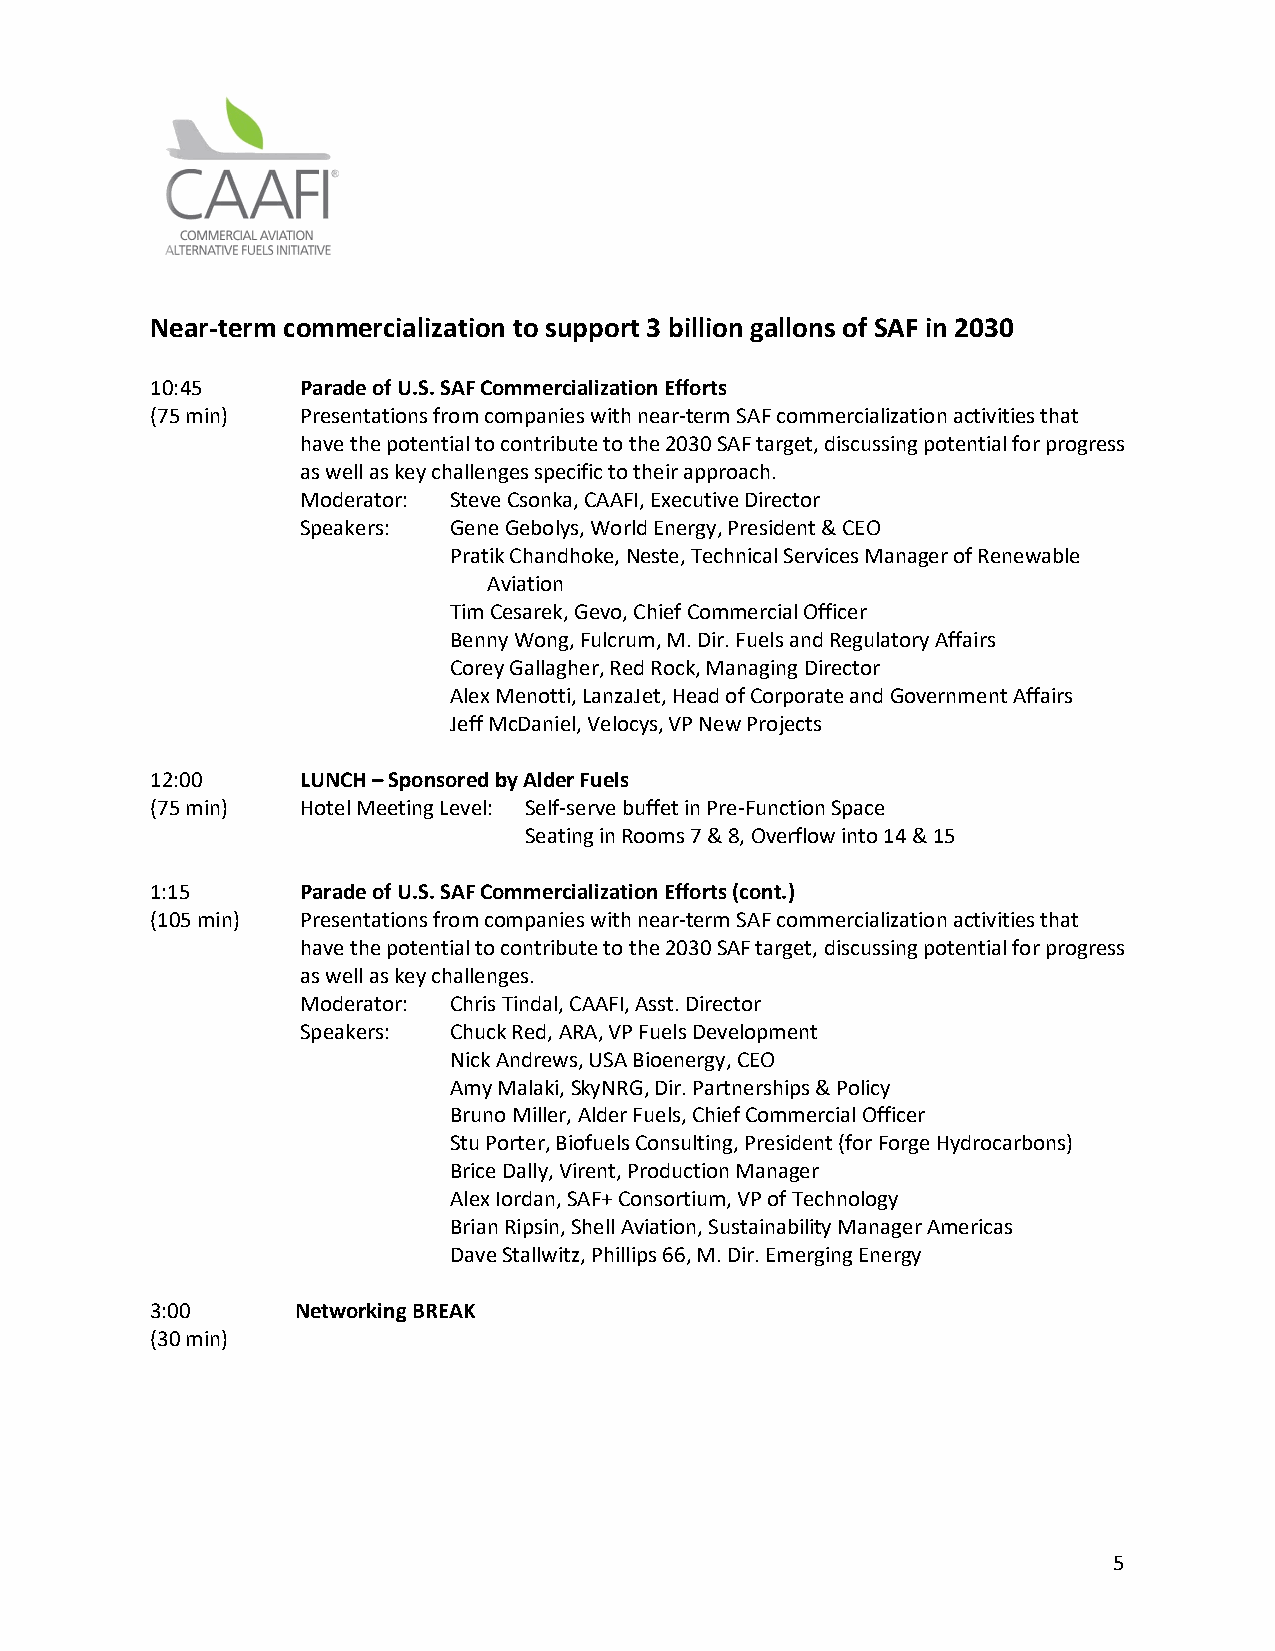
Near-term commercialization to support 3 billion gallons of SAF in 2030
 10:45     Parade of U.S. SAF Commercialization Efforts
 (75 min)  Presentations from companies with near-term SAF commercialization activities that
 have the potential to contribute to the 2030 SAF target, discussing potential for progress
 as well as key challenges specific to their approach.
 Moderator: Steve Csonka, CAAFI, Executive Director
 Speakers: Gene Gebolys, World Energy, President & CEO
 Pratik Chandhoke, Neste, Technical Services Manager of Renewable
 Aviation
 Tim Cesarek, Gevo, Chief Commercial Officer
 Benny Wong, Fulcrum, M. Dir. Fuels and Regulatory Affairs
 Corey Gallagher, Red Rock, Managing Director
 Alex Menotti, LanzaJet, Head of Corporate and Government Affairs
 Jeff McDaniel, Velocys, VP New Projects
 12:00     LUNCH – Sponsored by Alder Fuels
 (75 min)  Hotel Meeting Level: Self-serve buffet in Pre-Function Space
 Seating in Rooms 7 & 8, Overflow into 14 & 15
 1:15      Parade of U.S. SAF Commercialization Efforts (cont.)
 (105 min) Presentations from companies with near-term SAF commercialization activities that
 have the potential to contribute to the 2030 SAF target, discussing potential for progress
 as well as key challenges.
 Moderator: Chris Tindal, CAAFI, Asst. Director
 Speakers: Chuck Red, ARA, VP Fuels Development
 Nick Andrews, USA Bioenergy, CEO
 Amy Malaki, SkyNRG, Dir. Partnerships & Policy
 Bruno Miller, Alder Fuels, Chief Commercial Officer
 Stu Porter, Biofuels Consulting, President (for Forge Hydrocarbons)
 Brice Dally, Virent, Production Manager
 Alex Iordan, SAF+ Consortium, VP of Technology
 Brian Ripsin, Shell Aviation, Sustainability Manager Americas
 Dave Stallwitz, Phillips 66, M. Dir. Emerging Energy
 3:00      Networking BREAK
 (30 min)
 5